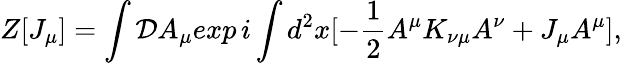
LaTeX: Z[J_{\mu}]=\int{\cal D}A_{\mu}exp\, i\int d^{2}x[-{\frac{1}{2}}A^{\mu}K_{\nu\mu}A^{\nu}+J_{\mu}A^{\mu}],